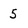
Character: 5